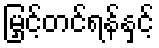
မြှင့်တင်ရန်နှင့်